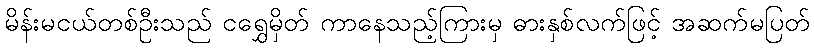
မိန်းမငယ်တစ်ဦးသည် ငရွှေမှိတ် ကာနေသည့်ကြားမှ ဓားနှစ်လက်ဖြင့် အဆက်မပြတ်